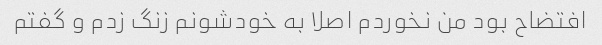
افتضاح بود من نخوردم اصلا به خودشونم زنگ زدم و گفتم